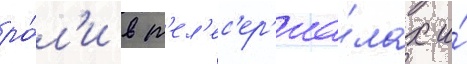
ро́л'и в т'ел'ес'ер'иа́лах и́